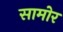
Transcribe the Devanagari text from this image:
सामोर